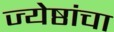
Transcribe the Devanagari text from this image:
ज्येष्ठांचा